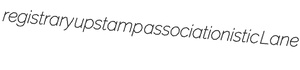
registrary upstamp associationistic Lane